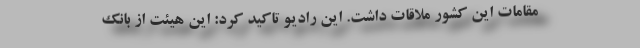
مقامات این کشور ملاقات داشت. این رادیو تاکید کرد: این هیئت از بانک